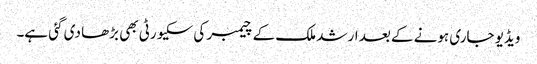
ویڈیو جاری ہونے کے بعد ارشد ملک کے چیمبر کی سکیورٹی بھی بڑھا دی گئی ہے۔